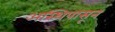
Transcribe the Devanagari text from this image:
अस्थिपासून